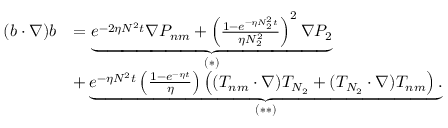
\begin{array} { r l } { ( b \cdot \nabla ) b } & { = \underbrace { e ^ { - 2 \eta N ^ { 2 } t } \nabla P _ { n m } + \left( \frac { 1 - e ^ { - \eta N _ { 2 } ^ { 2 } t } } { \eta N _ { 2 } ^ { 2 } } \right) ^ { 2 } \nabla P _ { 2 } } _ { ( * ) } } \\ & { + \underbrace { e ^ { - \eta N ^ { 2 } t } \left( \frac { 1 - e ^ { - \eta t } } { \eta } \right) \left( ( T _ { n m } \cdot \nabla ) T _ { N _ { 2 } } + ( T _ { N _ { 2 } } \cdot \nabla ) T _ { n m } \right) . } _ { ( * * ) } } \end{array}